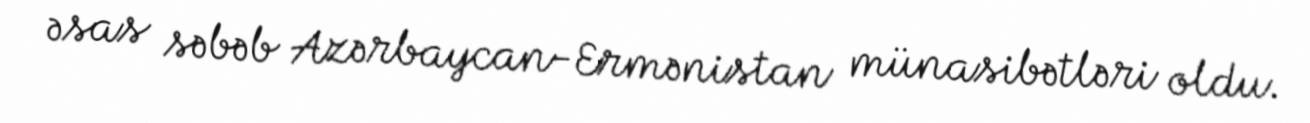
əsas səbəb Azərbaycan-Ermənistan münasibətləri oldu.